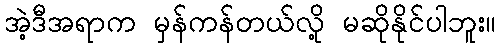
အဲ့ဒီအရာက မှန်ကန်တယ်လို့ မဆိုနိုင်ပါဘူး။